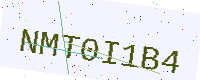
Text: NMT0I1B4